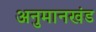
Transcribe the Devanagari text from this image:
अनुमानखंड